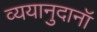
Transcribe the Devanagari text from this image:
व्ययानुदानॉ